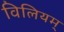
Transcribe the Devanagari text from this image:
विलियम्